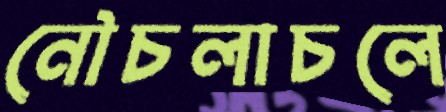
নৌচলাচলে